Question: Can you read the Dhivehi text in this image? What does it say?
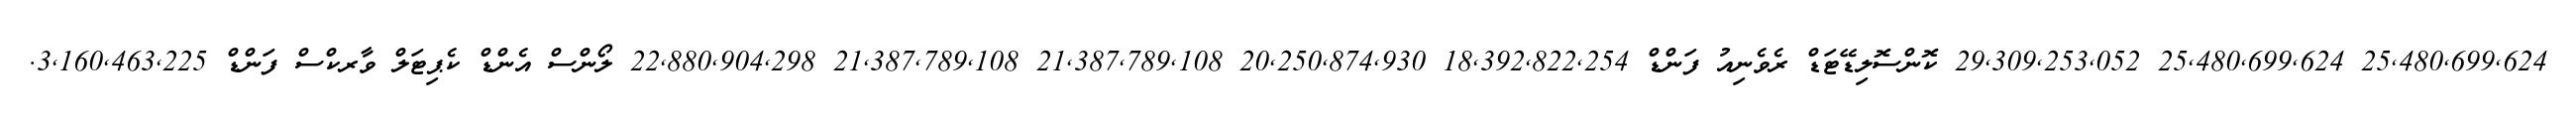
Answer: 25,480,699,624 25,480,699,624 29,309,253,052 ކޮންސޮލިޑޭޓަޑް ރެވެނިއު ފަންޑް 18,392,822,254 20,250,874,930 21,387,789,108 21,387,789,108 22,880,904,298 ލޯންސް އެންޑް ކެޕިޓަލް ވާރކްސް ފަންޑް 3,160,463,225.